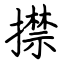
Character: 㩒